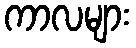
ကာလများ